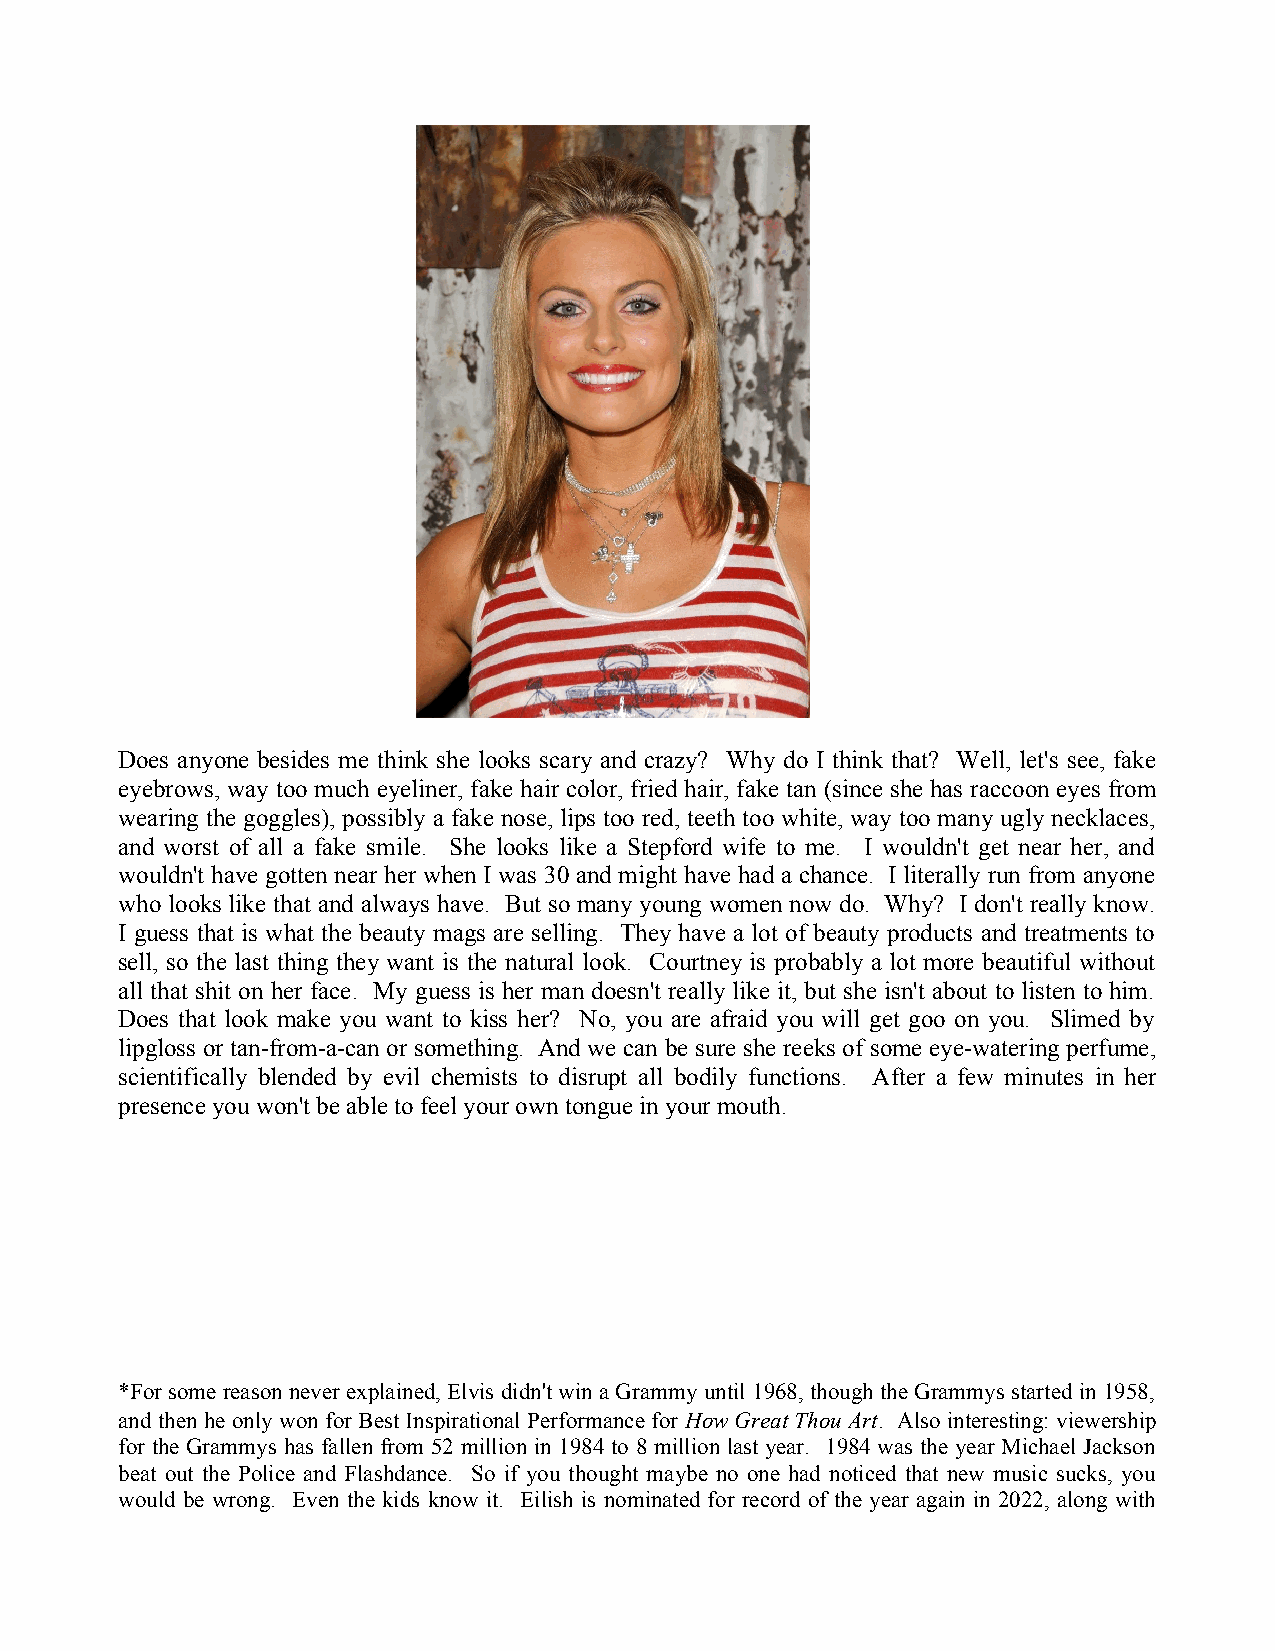
Does anyone besides me think she looks scary and crazy? Why do I think that? Well, let's see, fake
 eyebrows, way too much eyeliner, fake hair color, fried hair, fake tan (since she has raccoon eyes from
 wearing the goggles), possibly a fake nose, lips too red, teeth too white, way too many ugly necklaces,
 and worst of all a fake smile. She looks like a Stepford wife to me. I wouldn't get near her, and
 wouldn't have gotten near her when I was 30 and might have had a chance. I literally run from anyone
 who looks like that and always have. But so many young women now do. Why? I don't really know.
 I guess that is what the beauty mags are selling. They have a lot of beauty products and treatments to
 sell, so the last thing they want is the natural look. Courtney is probably a lot more beautiful without
 all that shit on her face. My guess is her man doesn't really like it, but she isn't about to listen to him.
 Does that look make you want to kiss her? No, you are afraid you will get goo on you. Slimed by
 lipgloss or tan-from-a-can or something. And we can be sure she reeks of some eye-watering perfume,
 scientifically blended by evil chemists to disrupt all bodily functions. After a few minutes in her
 presence you won't be able to feel your own tongue in your mouth.
 *For some reason never explained, Elvis didn't win a Grammy until 1968, though the Grammys started in 1958,
 and then he only won for Best Inspirational Performance for How Great Thou Art. Also interesting: viewership
 for the Grammys has fallen from 52 million in 1984 to 8 million last year. 1984 was the year Michael Jackson
 beat out the Police and Flashdance. So if you thought maybe no one had noticed that new music sucks, you
 would be wrong. Even the kids know it. Eilish is nominated for record of the year again in 2022, along with